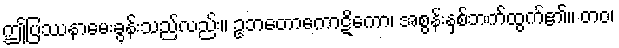
ဤပြဿနာမေးခွန်းသည်လည်း။ ဥဘတောကောဋိကော၊ အစွန်းနှစ်ဘက်ထွက်၏။ တဝ၊